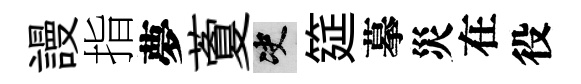
謾指夢藑决筵摹災在役